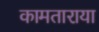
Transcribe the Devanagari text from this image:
कामताराया